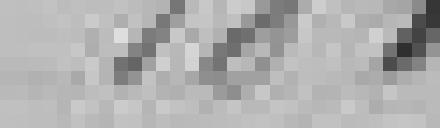
181